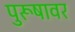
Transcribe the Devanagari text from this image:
पुरूषावर